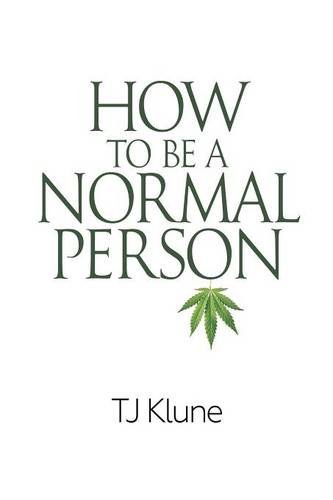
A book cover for How to Be a Normal Person; Tj Klune; Romance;